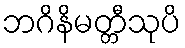
ဘဂိနိမတ္တီသုပိ